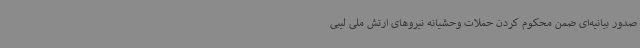
صدور بیانیه‌ای ضمن محکوم کردن حملات وحشیانه نیروهای ارتش ملی لیبی